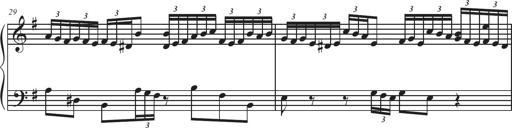
Title: Sonatina Espania
Composer: Jerald Franklin Archer
Key: Various